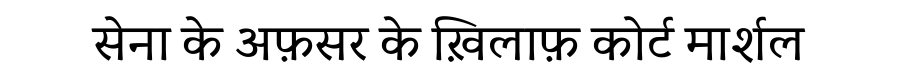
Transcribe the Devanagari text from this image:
सेना के अफ़सर के ख़िलाफ़ कोर्ट मार्शल